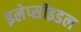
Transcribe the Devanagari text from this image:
इलेप्सॉइडल